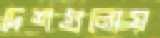
দেশগুলোয়